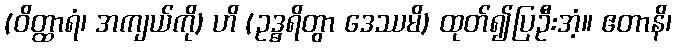
(ဝိတ္ထာရံ၊ အကျယ်ကို) ဟိ (ဥဒ္ဓရိတွာ ဒေဿမိ) ထုတ်၍ပြဦးအံ့။ ဧတာနိ၊